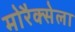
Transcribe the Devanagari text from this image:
मोरैक्सेला